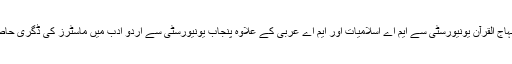
انہوں نے منہاج القرآن یونیورسٹی سے ایم اے اسلامیات اور ایم اے عربی کے علاوہ پنجاب یونیورسٹی سے اردو ادب میں ماسٹرز کی ڈگری حاصل کی ہے ۔